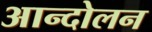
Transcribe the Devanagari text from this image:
अान्दोलन